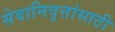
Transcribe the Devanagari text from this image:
सेवानिवृत्तांसाठी